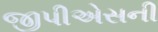
જીપીએસની